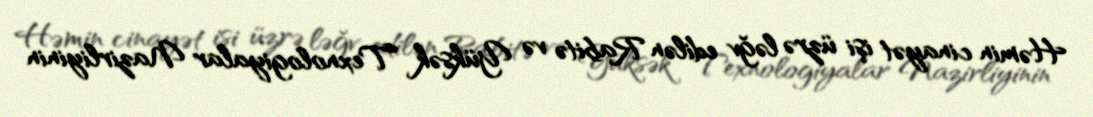
Həmin cinayət işi üzrə ləğv edilən Rabitə və Yüksək Texnologiyalar Nazirliyinin